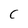
Character: C